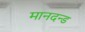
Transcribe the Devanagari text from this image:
मानदन्ड